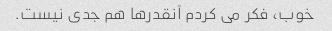
خوب، فکر می کردم آنقدرها هم جدی نیست.